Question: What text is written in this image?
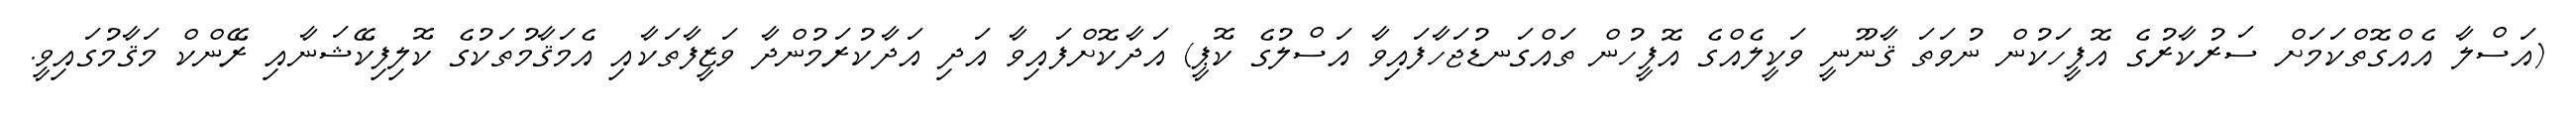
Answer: (އަސްލާ އެއްގޮތްކަމަށް ސަރުކާރުގެ އޮފީހަކުން ނުވަތަ ޤާނޫނީ ވަކީލެއްގެ އޮފީހުން ތައްގަނޑުޖަހާފައިވާ އަސްލުގެ ކޮޕީ) އަދާކޮށްފައިވާ އަދި އަދާކުރަމުންދާ ވަޒީފާތަކާއި އެމަޤާމުތަކުގެ ކޮލިފިކޭޝަނާއި ރޭންކް މަޤާމުގައިވީ.